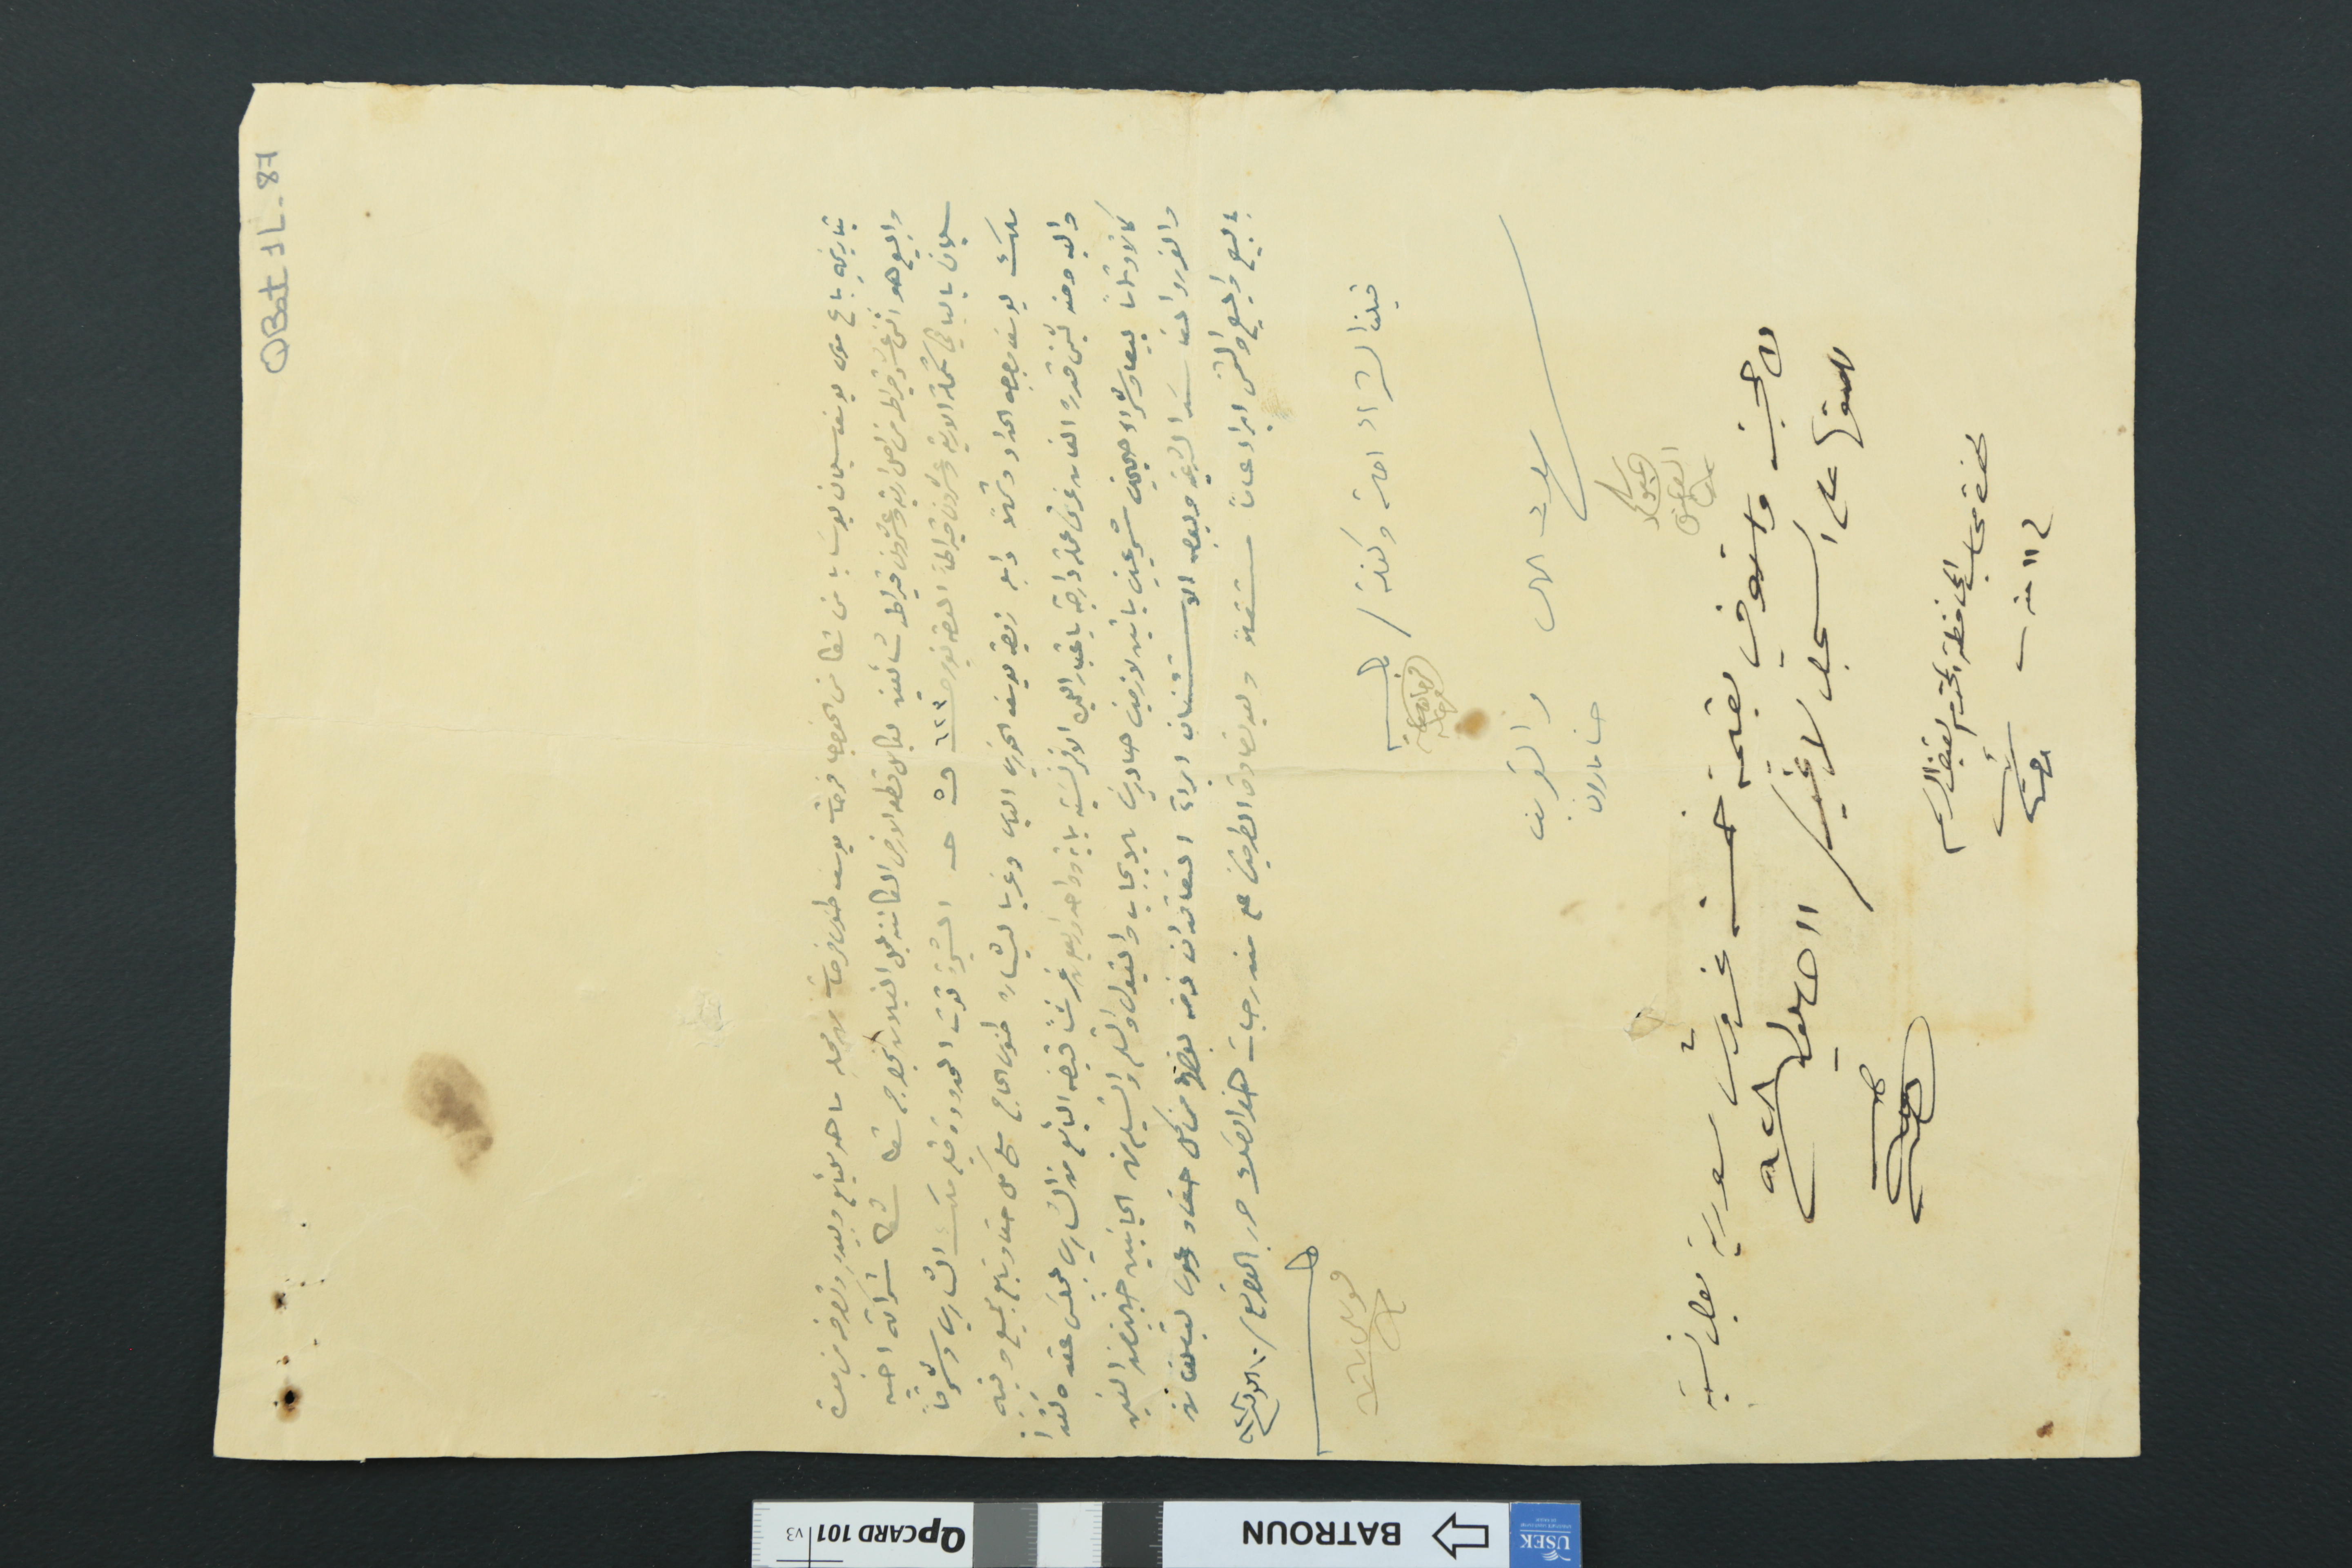
QBat1L-87
بتاريخهِ باع موسى يوسف سليمان بوسَابا من شكا من الخواجا فرحات يوسف طنوس فرحات من محلهِ ما هو للبائع وبيدهِ وتصرفه من مدة
والبيع هو اثنى عشر قيراط من اصل اربعة وعشرون قيراط شائعين بكامل قطعه الارض الكائنة بمحل البلان بخراج شكا شكا شراكة اخيه
سليمان بالباقي تكملة الاربعة وعشرون قيراطاً العقد نومر حـ ٦٢٣ د٥ حـ المشجرة توت المحدودة قبله ملك الشاري وشرقاً
ملك يوسف بصيبص الحداد وشمالاً دابله زوجة يوسف الخوري الياس وغربا لبشاره طنوس الحاج مع كل حق وتابع للجميع وفيه
واليه ومنه بثمن قدره الفان غرش عملة دارجة باعتبار الليره الافرنسَية ماية وواحد واربعون غرشاً قبضه البائع من الشاري بمجلسَ عقده نقدا
كمالاً وتماماً بيعاً وشراءً صحيحين شرعيين باتين لازمين صادرين بالايجاب والقبول والتسلم والتسليم من الجانبين خاليين من الغبن
والغرر والمفاسَد الشرعية وبوجه الاستئناف ابرآء المتعاقدان غرض بعضهما من كل حق، ودعوى يتعلقان
بالبيع والمبيع والثمن ابراء عاماً مستقلاً وبعد تصادق الطرفين على مندرجات هذا الصك حرر بالتوقيع / ١٠ ايلول سنة ٩٢٨
قبلنا الشراء احالة وكفالة / فرحات فرحات
فك حجز واستوفي بقيمة خمسة غروش سورية بعض نسبة
للصقها على السجل لا غير / ١١ ايلول سنة ٩٢٨
لحضرة محاسب المحافظة المحترم لقبض الرسم
شهود على	حنا مارون		سليم عبود العتيق